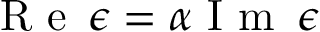
{ \mathrm { ~ R ~ e ~ } \, \epsilon = \alpha \mathrm { ~ I ~ m ~ } \, \epsilon }